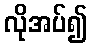
လိုအပ်၍